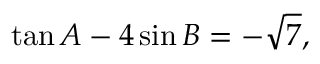
\tan A - 4 \sin B = - { \sqrt { 7 } } ,